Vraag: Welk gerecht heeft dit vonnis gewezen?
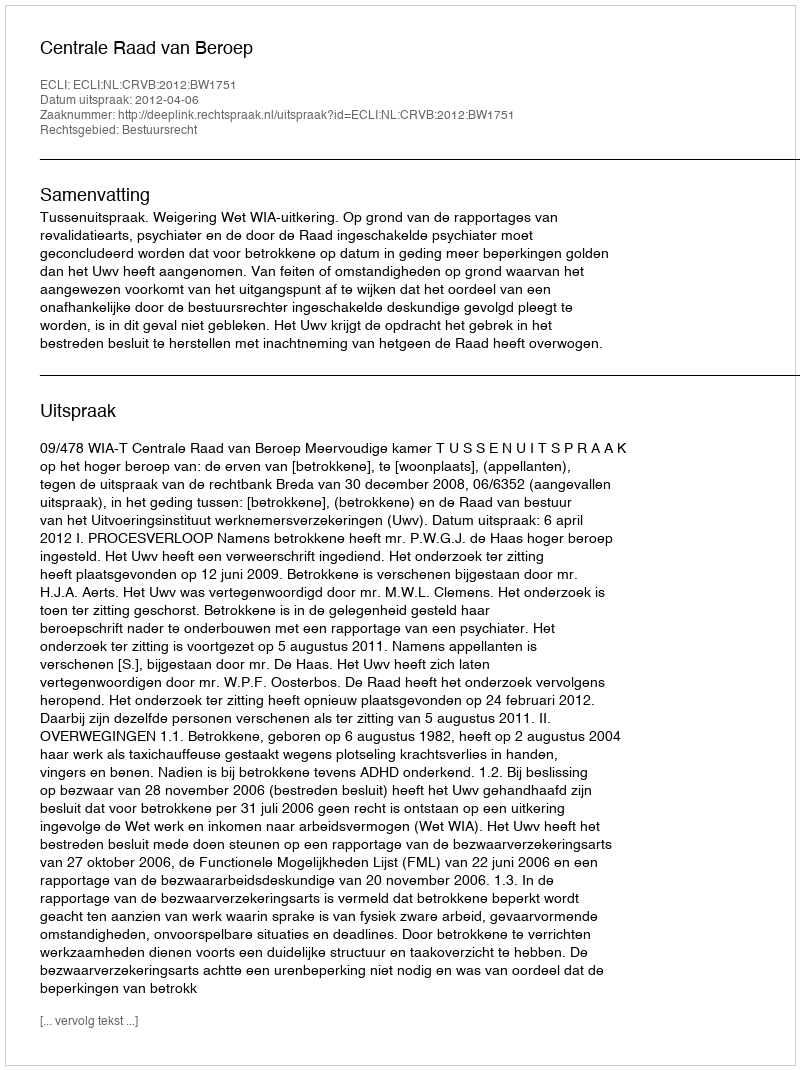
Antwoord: Centrale Raad van Beroep